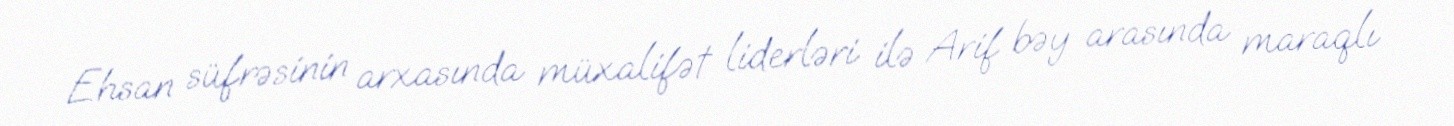
Ehsan süfrəsinin arxasında müxalifət liderləri ilə Arif bəy arasında maraqlı